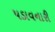
પડાવનારી